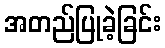
အတည်ပြုခဲ့ခြင်း